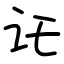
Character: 讬